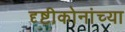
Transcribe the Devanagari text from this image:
दृष्टीकोनांच्या